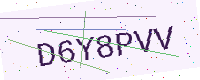
Text: D6Y8PVV